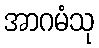
အာဂမံသု